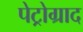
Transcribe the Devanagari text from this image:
पेट्रोग्राद